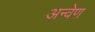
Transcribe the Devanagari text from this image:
अन्वेण